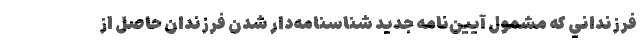
فرزنداني كه مشمول آيين‌نامه جديد شناسنامه‌دار شدن فرزندان حاصل از